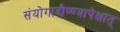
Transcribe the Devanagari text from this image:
संयोगादौष्ण्यापेक्षात्